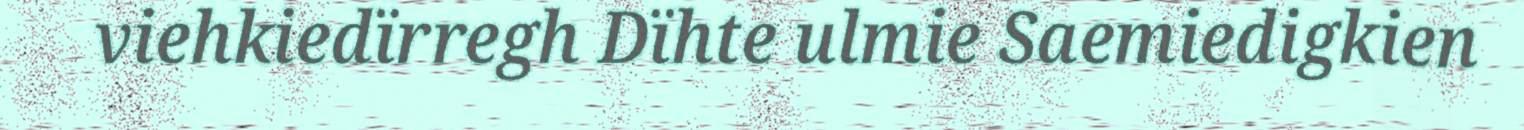
viehkiedïrregh Dïhte ulmie Saemiedigkien